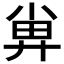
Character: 𡮁